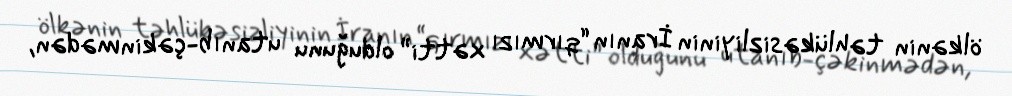
ölkənin təhlükəsizliyinin İranın “qırmızı xətti” olduğunu utanıb-çəkinmədən,